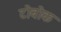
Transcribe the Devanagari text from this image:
टोबोक